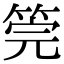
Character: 筦